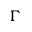
\Gamma